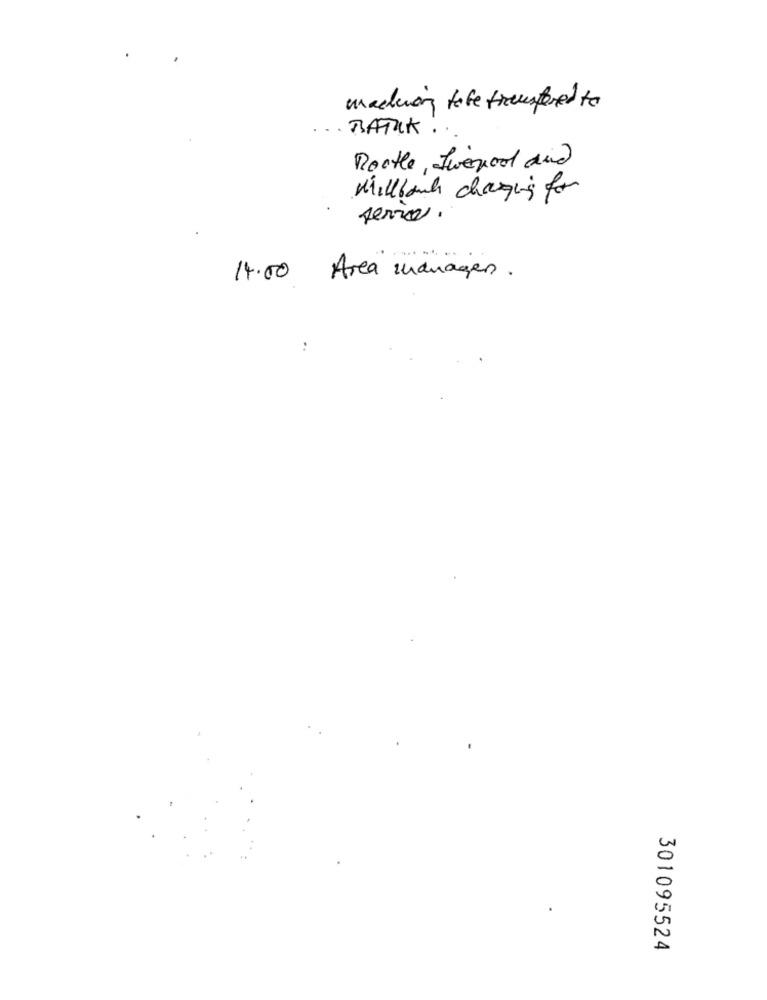
madein tobe transfered to
BATIK .
Rootle Swegool and
Millbank changing for
ferro.
14.00 Area indragen.
..
301095524